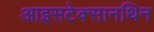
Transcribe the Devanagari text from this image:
आइसटेक्सानथिन